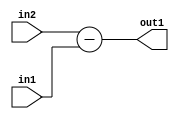
`timescale 1ps / 1ps
/*****************************************************************************
    Verilog RTL Description
    
    
    Created by: Stratus DpOpt 2019.1.01 
*******************************************************************************/

module fix2float_Sub_6Sx5U_6S_4_0 (
	in2,
	in1,
	out1
	); /* architecture "behavioural" */ 
input [5:0] in2;
input [4:0] in1;
output [5:0] out1;
wire [5:0] asc001;

assign asc001 = 
	+(in2)
	-(in1);

assign out1 = asc001;
endmodule

/* CADENCE  urn0Tgw= : u9/ySgnWtBlWxVPRXgAZ4Og= ** DO NOT EDIT THIS LINE ******/